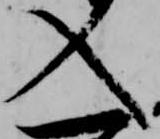
入